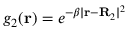
g _ { 2 } ( \mathbf r ) = e ^ { - \beta | \mathbf r - \mathbf R _ { 2 } | ^ { 2 } }